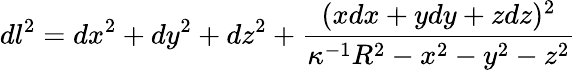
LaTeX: dl^{2}=dx^{2}+dy^{2}+dz^{2}+{\frac{(xdx+ydy+zdz)^{2}}{\kappa^{-1}R^{2}-x^{2}-y^{2}-z^{2}}}